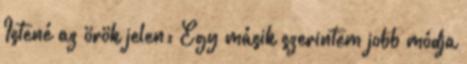
Istené az örök jelen: Egy másik szerintem jobb módja